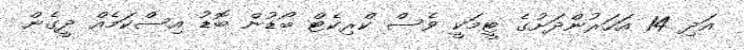
އަދި 14 އަހަރުންދަށުގެ ޓީމަކީ ވެސް ކްރިކެޓް ބޯޑުން ބޮޑު އިސްކަމެއް ދީގެން